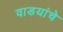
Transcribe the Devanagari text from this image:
वाडयांचे